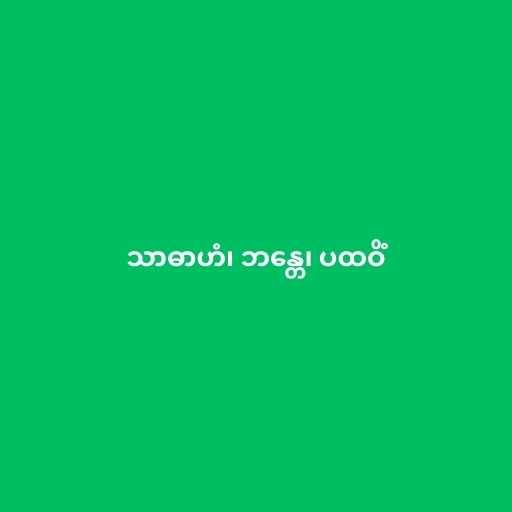
သာဓာဟံ၊ ဘန္တေ၊ ပထဝိံ